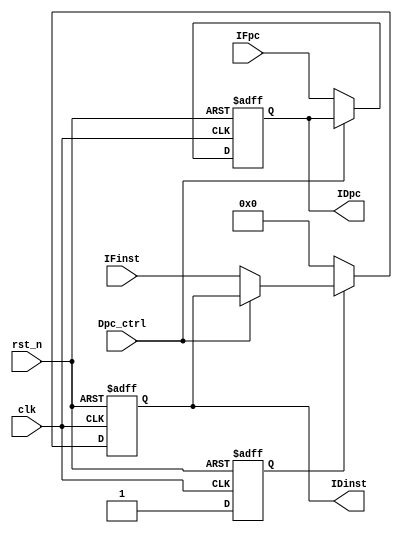
module IF_ID_reg(
    input wire clk,
    input wire rst_n,
    
    input wire Dpc_ctrl,
    
    input wire[31:0]IFpc,
    input wire[31:0]IFinst,
    
    output reg[31:0]IDpc = 0,
    output reg[31:0]IDinst = 0
    );
    
    always@(posedge clk or negedge rst_n)begin
        if(!rst_n)          IDpc <= 32'b0;
        else if(Dpc_ctrl)   IDpc <= IDpc;       // dataHazard bubble
        else                IDpc <= IFpc;
    end
    
    reg cnt = 0;    // if reset pc in a cycle, next cycle IDinst = 0 (for Branch Hazard Control when begining)
    always@(posedge clk or negedge rst_n)begin
        if(!rst_n)begin
            IDinst <= 32'b0;
            cnt <= 1'b0;
        end
        else if(!cnt)begin
            IDinst <= 32'b0;
            cnt <= 1'b1;
        end
        else if(Dpc_ctrl)   IDinst <= IDinst;   // dataHazard bubble
        else                IDinst <= IFinst;
    end
    
endmodule